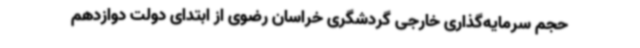
حجم سرمایه‌گذاری خارجی گردشگری خراسان رضوی از ابتدای دولت دوازدهم